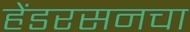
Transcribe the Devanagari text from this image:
हेंडरसनचा